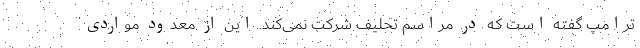
ترامپ گفته است که در مراسم تحلیف شرکت نمی‌کند. این از معدود مواردی